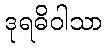
ဒုရဓိဝါသာ